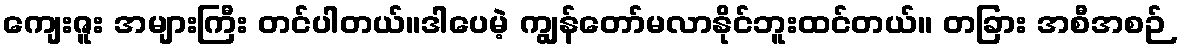
ကျေးဇူး အများကြီး တင်ပါတယ်။ဒါပေမဲ့ ကျွန်တော်မလာနိုင်ဘူးထင်တယ်။ တခြား အစီအစဉ်